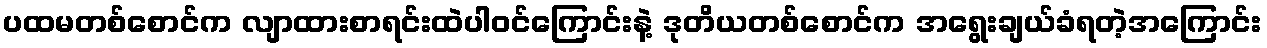
ပထမတစ်စောင်က လျာထားစာရင်းထဲပါဝင်ကြောင်းနဲ့ ဒုတိယတစ်စောင်က အရွေးချယ်ခံရတဲ့အကြောင်း